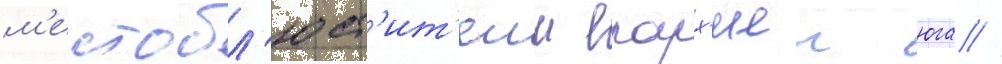
м'естобл'юст'ит'елм епарх'иеи юга //